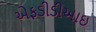
એફડીડીઆઇ